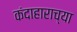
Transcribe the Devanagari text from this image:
कंदाहाराच्या